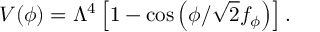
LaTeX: V ( \phi ) = \Lambda ^ { 4 } \left[ 1 - \cos \left( \phi / \sqrt { 2 } f _ { \phi } \right) \right] .